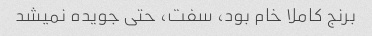
برنج کاملا خام بود، سفت، حتی جویده نمیشد